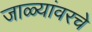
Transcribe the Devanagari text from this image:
जाळ्यांवरचे